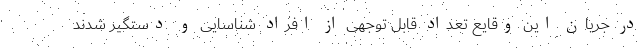
در جریان این وقایع تعداد قابل توجهی از افراد شناسایی و دستگیر شدند